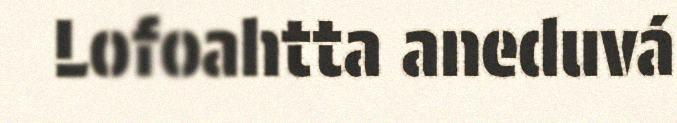
Lofoahtta aneduvá